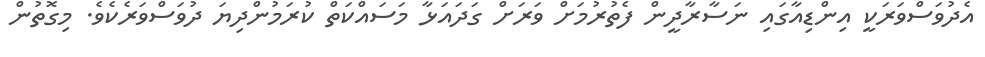
އެދުވަސްވަރަކީ އިންޑިއާގައި ނަސާރާދީން ފެތުރުމަށް ވަރަށް ގަދައަޅާ މަސައްކަތް ކުރަމުންދިޔަ ދުވަސްވަރެކެވެ. މިގޮތުން